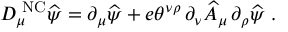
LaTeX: D _ { \mu } ^ { \mathrm { \scriptsize ~ N C } } \widehat \psi = \partial _ { \mu } \widehat \psi + e \theta ^ { \nu \rho } \, \partial _ { \nu } \widehat A _ { \mu } \, \partial _ { \rho } \widehat \psi \; .